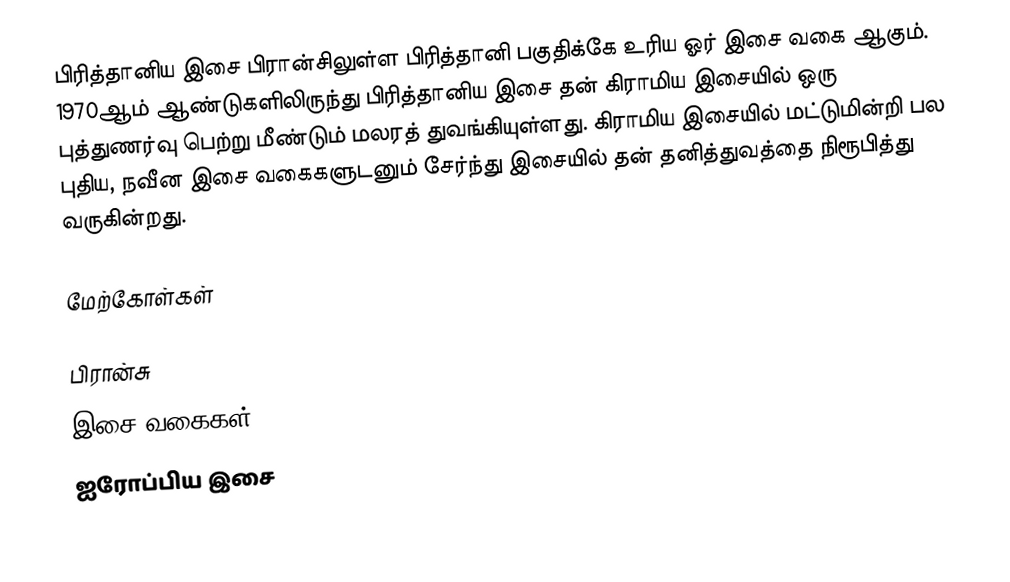
பிரித்தானிய இசை பிரான்சிலுள்ள பிரித்தானி பகுதிக்கே உரிய ஓர் இசை வகை ஆகும். 1970ஆம் ஆண்டுகளிலிருந்து பிரித்தானிய இசை தன் கிராமிய இசையில் ஒரு புத்துணர்வு பெற்று மீண்டும் மலரத் துவங்கியுள்ளது. கிராமிய இசையில் மட்டுமின்றி பல புதிய, நவீன இசை வகைகளுடனும் சேர்ந்து இசையில் தன் தனித்துவத்தை நிரூபித்து வருகின்றது.

மேற்கோள்கள்

பிரான்சு
இசை வகைகள்
ஐரோப்பிய இசை